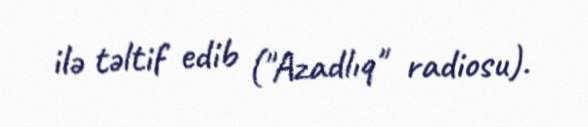
ilə təltif edib ("Azadlıq" radiosu).